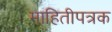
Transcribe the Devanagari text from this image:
माहितीपत्रक